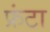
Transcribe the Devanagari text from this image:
फ्रंटा